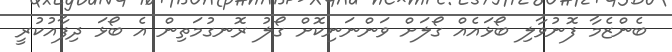
ބެންޒެމާ ފޮނުވާލި ބޯޅައެއް ގޯލަށް ވަންނަނިކޮށް ގޯލު ރޮނގުމަތިން އެ ބޯޅަ ދިފާއުކުރީ